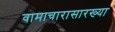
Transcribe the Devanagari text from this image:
वामाचारासारख्या